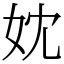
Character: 妉